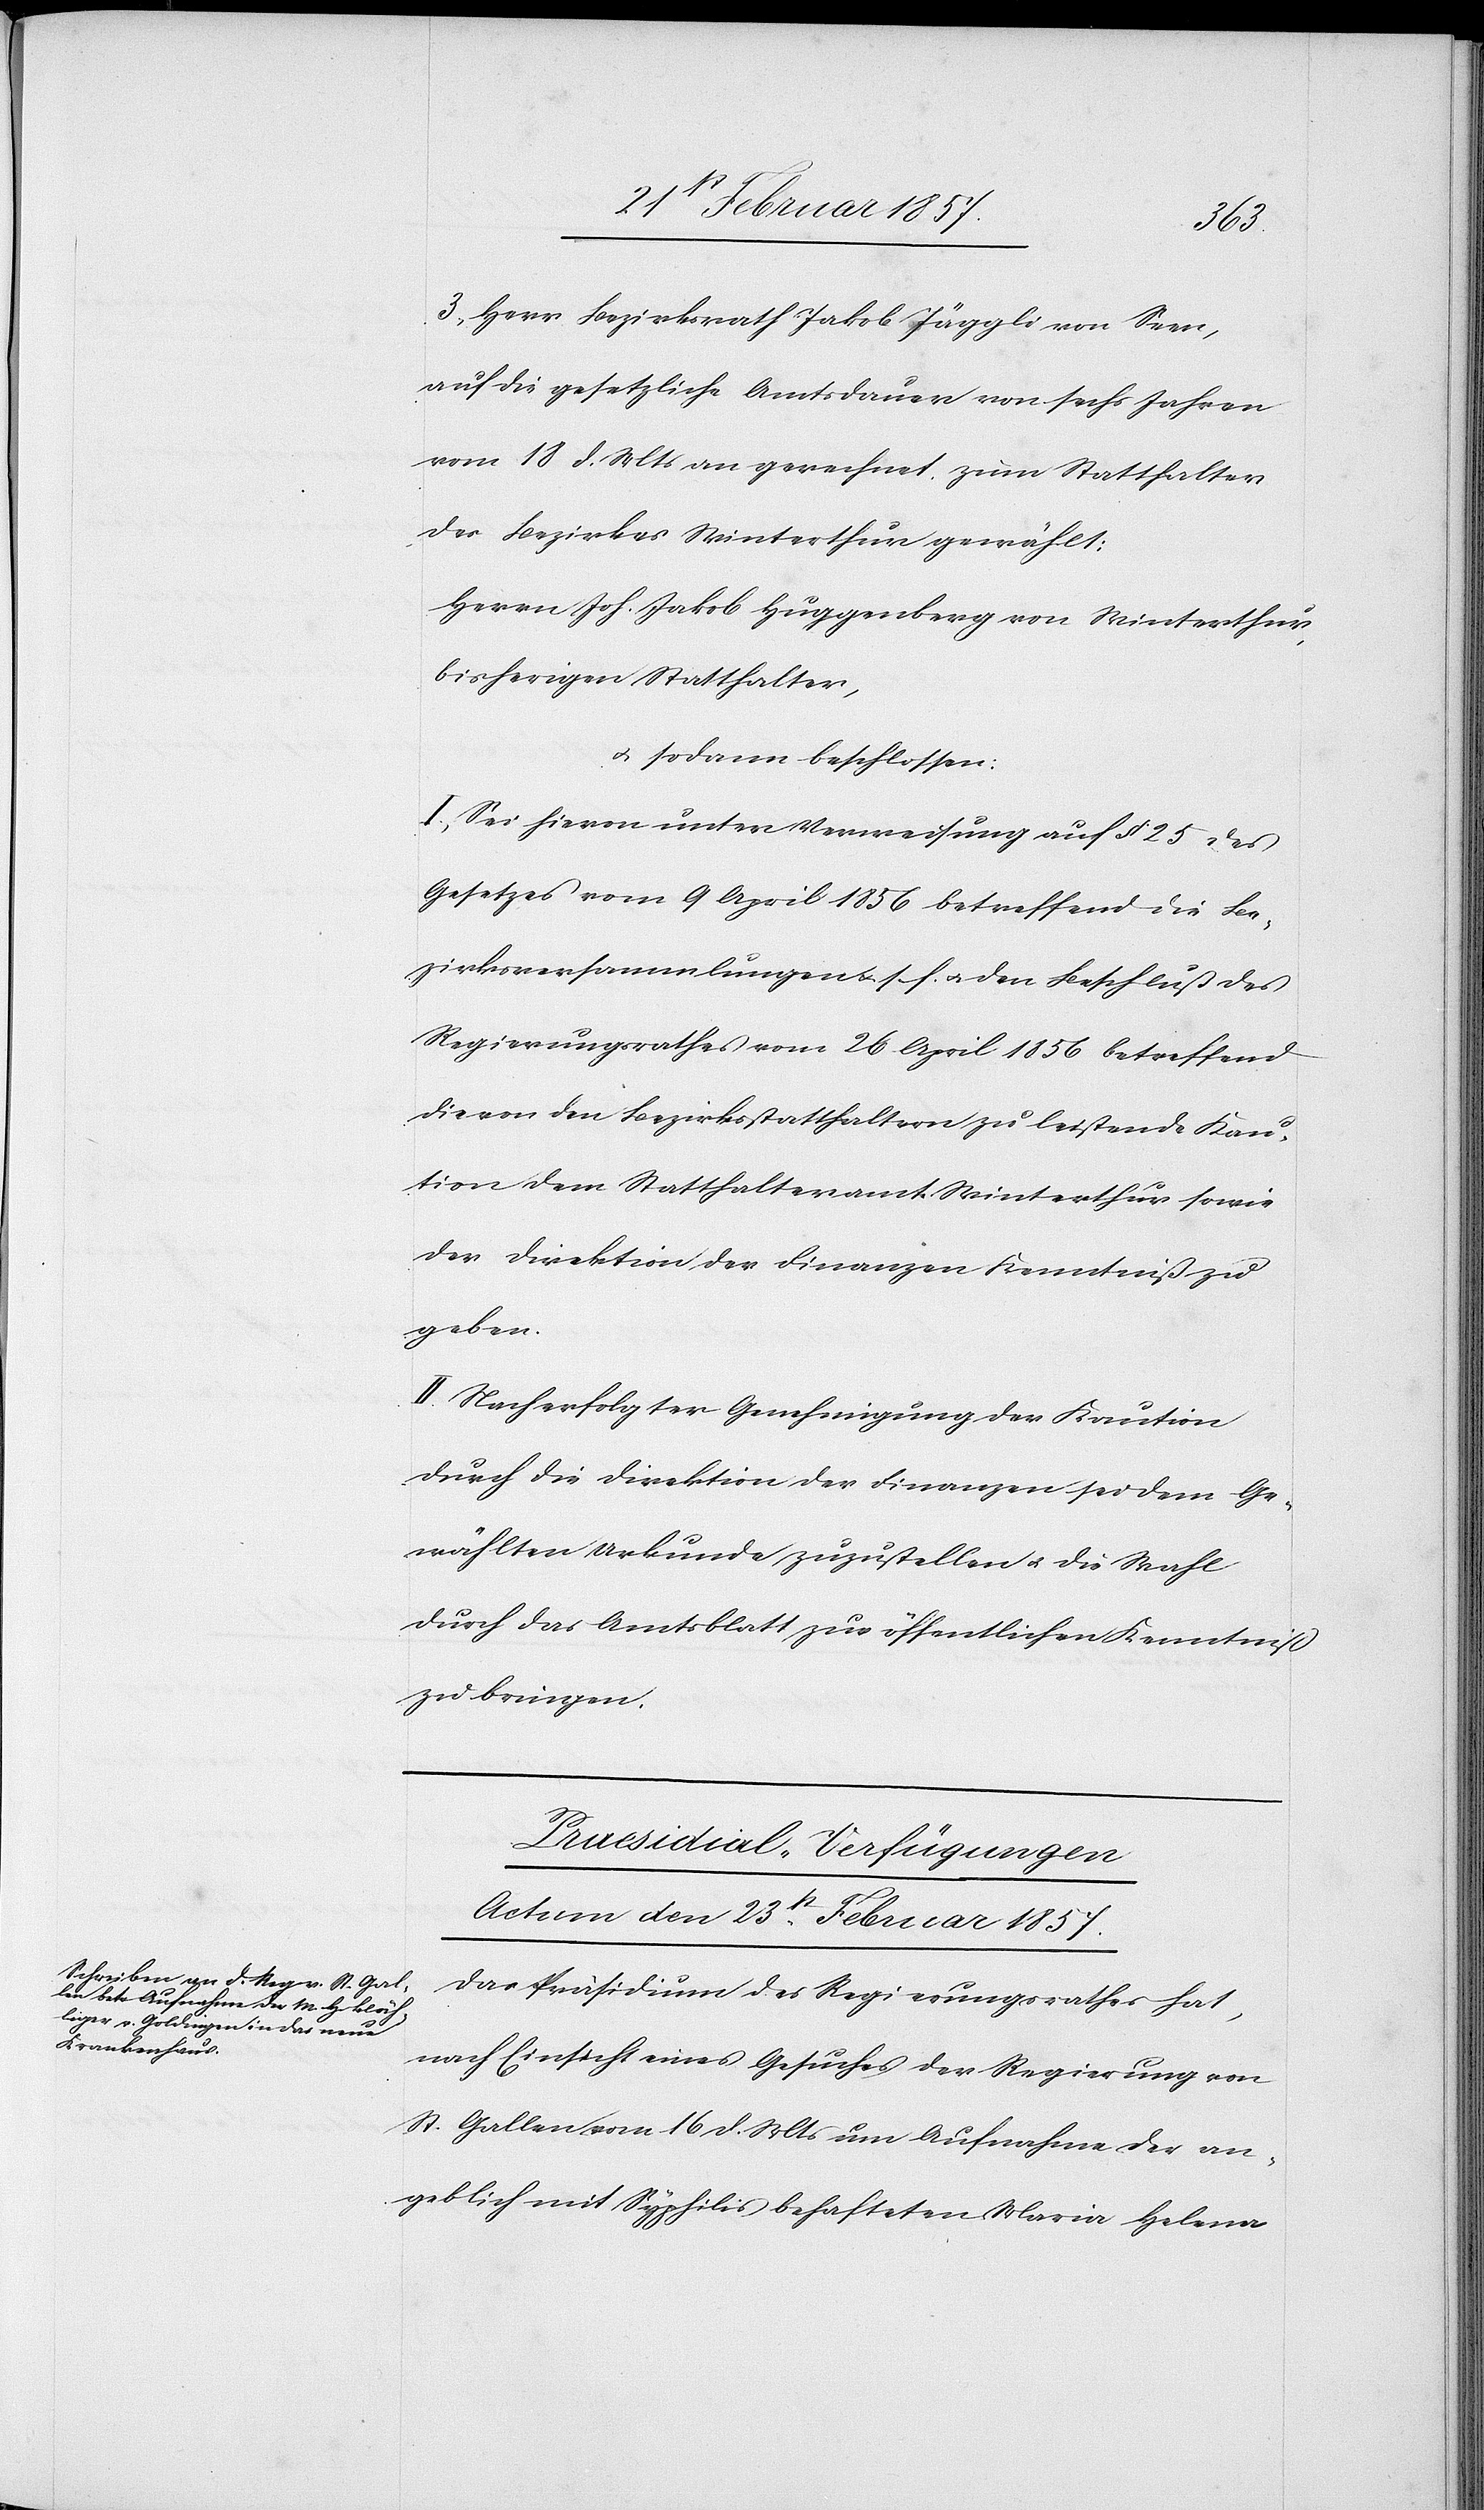
3. Herr Bezirksrath Jakob Jäggli von Seen,
auf die gesetzliche Amtsdauer von sechs Jahren
vom 18 d. Mts an gerechnet, zum Statthalter
des Bezirkes Winterthur gewählt:
Herrn Joh. Jakob Huggenberg von Winterthur,
bisherigen Statthalter,
u. sodann beschlossen:
I. Sei hievon unter Verweisung auf § 25 des
Gesetzes vom 9 April 1856 betreffend die Be¬
zirksversammlungen u. s. f. u. den Beschluß des
Regierungsrathes vom 26 April 1856 betreffend
die von den Bezirksstatthaltern zu leistende Kau¬
tion dem Statthalteramt Winterthur sowie
der Direktion der Finanzen Kenntniß zu
geben.
II. Nach erfolgter Genehmigung der Kaution
durch die Direktion der Finanzen sei dem Ge¬
wählten Urkunde zuzustellen u. die Wahl
durch das Amtsblatt zur öffentlichen Kenntniß
zu bringen.
Praesidial-Verfügungen
Actum den 23st Februar 1857.
Das Präsidium des Regierungsrathes hat,
nach Einsicht eines Gesuches der Regierung von
St. Gallen vom 16 d. Mts um Aufnahme der an¬
geblich mit Syphilis behafteten Maria Helena